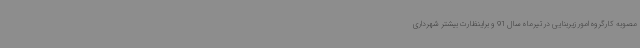
مصوبه کارگروه امور زیربنایی در تیرماه سال 91 و براینظارت بیشتر شهرداری